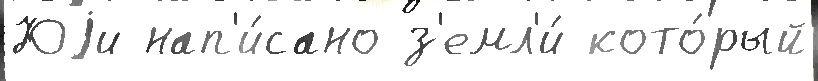
Юjи нап'и́сано з'емл'и́ кото́рый